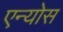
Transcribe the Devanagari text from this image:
एन्योस